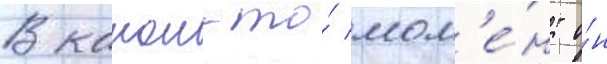
В какои-то́ мом'е́нт о́н